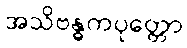
အသိဗန္ဓကပုတ္တော